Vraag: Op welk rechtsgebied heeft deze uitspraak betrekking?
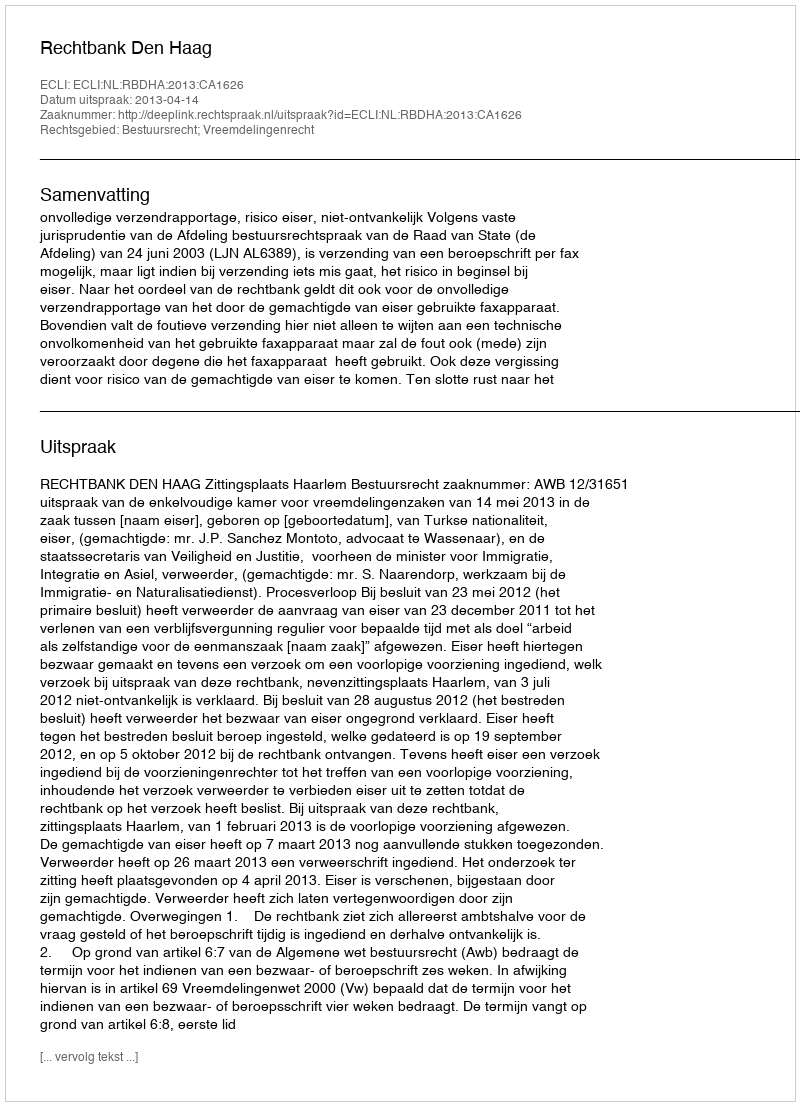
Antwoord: Bestuursrecht; Vreemdelingenrecht